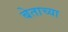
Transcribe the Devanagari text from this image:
बेताच्या